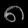
Digit: ၈